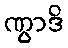
ဏွာဒိ